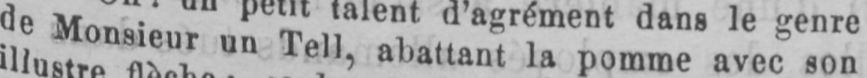
de Monsieur un Tell, abattant la pomme avec son